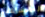
للمساعدة